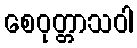
စေဝုတ္တာသဝါ